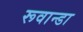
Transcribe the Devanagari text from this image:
रूवान्डा